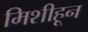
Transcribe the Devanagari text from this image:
मिशीहून